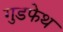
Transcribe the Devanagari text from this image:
गुडफेथ